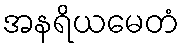
အနရိယမေတံ